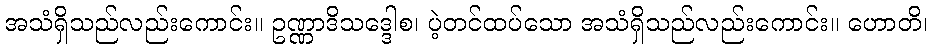
အသံရှိသည်လည်းကောင်း။ ဥဏ္ဏာဒိသဒ္ဒေါစ၊ ပဲ့တင်ထပ်သော အသံရှိသည်လည်းကောင်း။ ဟောတိ၊